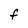
Character: F